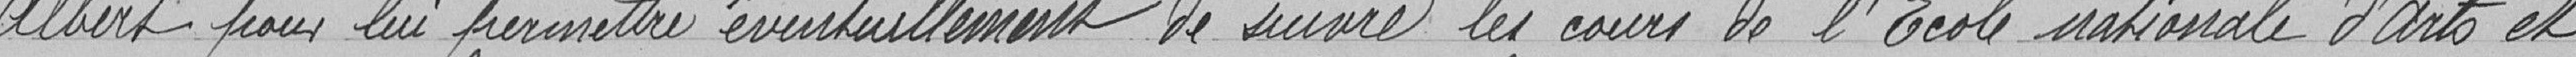
Albert pour lui permettre éventuellement de suivre les cours de l'Ecole nationale d'Arts et